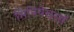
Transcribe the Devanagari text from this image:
मिनियेचरर्स